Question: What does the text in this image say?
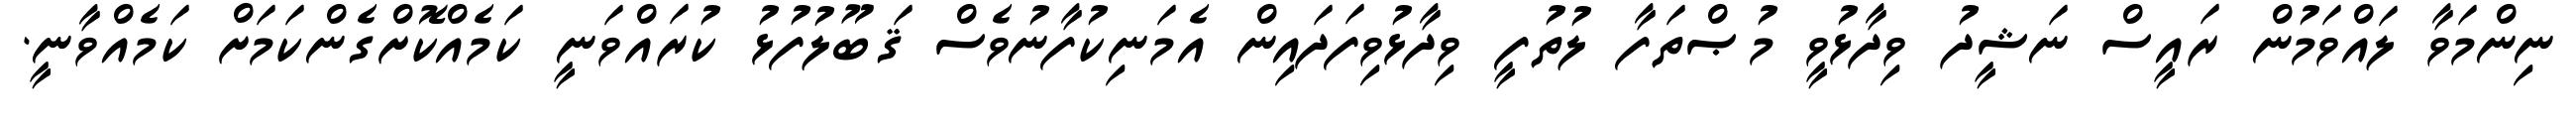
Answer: ނިންމަވާ ލައްވަމުން ރައީސް ނަޝީދު ވިދާޅުވީ މުޞްތަފާ ލުތުފީ ވިދާޅުވިފަދައިން އެމަނިކުފާނުވެސް ޤަބޫލުފުޅު ކުރައްވަނީ ކަމެއްކޮށްގެންކަމަށް ކަމެއްވާނީ.